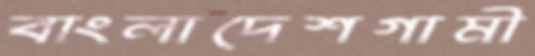
বাংলাদেশগামী